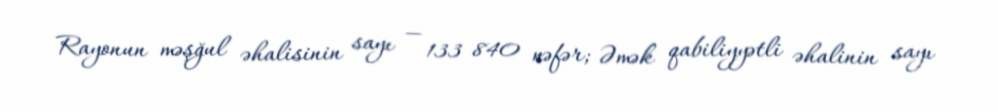
Rayonun məşğul əhalisinin sayı — 133 840 nəfər; Əmək qabiliyyətli əhalinin sayı